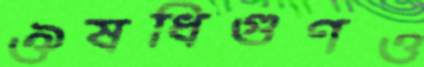
ঔষধিগুণও